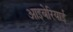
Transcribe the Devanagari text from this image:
आइबेरियाई